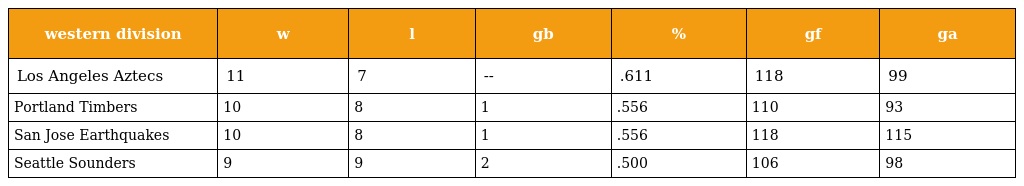
| western division | w | l | gb | % | gf | ga |
 | --- | --- | --- | --- | --- | --- | --- |
 | Los Angeles Aztecs | 11 | 7 | -- | .611 | 118 | 99 |
 | Portland Timbers | 10 | 8 | 1 | .556 | 110 | 93 |
 | San Jose Earthquakes | 10 | 8 | 1 | .556 | 118 | 115 |
 | Seattle Sounders | 9 | 9 | 2 | .500 | 106 | 98 |